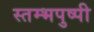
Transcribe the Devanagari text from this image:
स्तम्भपुष्पी